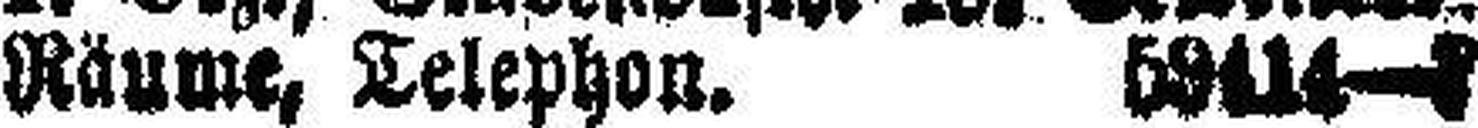
Räume, Telephon. 59414—7